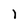
Character: 1